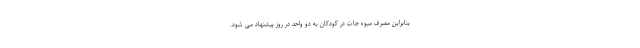
بنابراین مصرف میوه جات در کودکان به دو واحد در روز پیشنهاد می شود.